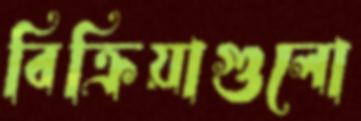
বিক্রিয়াগুলো